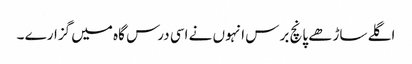
اگلے ساڑھے پانچ برس انہوں نے اسی درس گاہ میں گزارے ۔